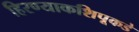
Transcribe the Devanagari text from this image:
हिरण्याकशिपूकडे